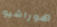
هوراشيو